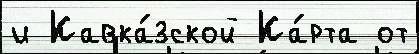
и Кавка́зской Ка́рта от